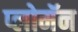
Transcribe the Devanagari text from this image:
प्लोमॅन